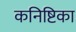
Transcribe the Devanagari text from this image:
कनिष्टिका